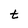
Character: t